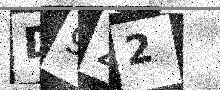
Text: D922